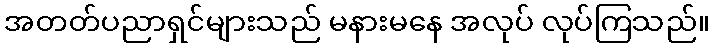
အတတ်ပညာရှင်များသည် မနားမနေ အလုပ် လုပ်ကြသည်။